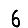
Digit: 6